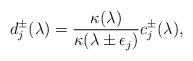
LaTeX: \begin{align*}d_{j}^\pm(\lambda)=\frac{\kappa(\lambda)}{\kappa(\lambda\pm \epsilon_j)}c_{j}^\pm(\lambda),\end{align*}